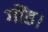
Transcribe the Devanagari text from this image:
गोंड।